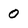
Character: 0